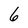
Character: 6